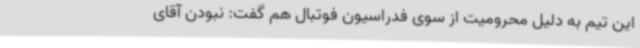
این تیم به دلیل محرومیت از سوی فدراسیون فوتبال هم گفت: نبودن آقای